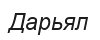
Дарьял